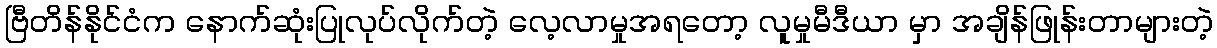
ဗြီတိန်နိုင်ငံက နောက်ဆုံးပြုလုပ်လိုက်တဲ့ လေ့လာမှုအရတော့ လူမှုမီဒီယာ မှာ အချိန်ဖြုန်းတာများတဲ့